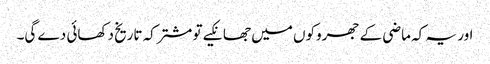
اور یہ کہ ماضی کے جھروکوں میں جھانکیے تو مشترکہ تاریخ دکھائی دے گی۔